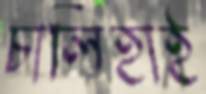
চালিহাই